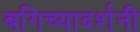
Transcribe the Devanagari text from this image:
बगिच्यादर्शनी